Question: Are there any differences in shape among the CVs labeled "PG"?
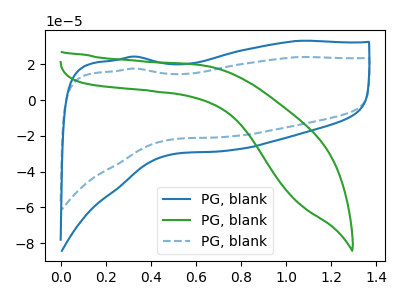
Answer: <think>The blue curve "PG, blank1" has no peaks. The green curve "PG, blank2" has no peaks. The blue dashed curve "PG, blank3" has no peaks.
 Neither "PG, blank1" or "PG, blank2" have any peaks. Neither "PG, blank1" or "PG, blank3" have any peaks. Neither "PG, blank2" or "PG, blank3" have any peaks.</think>
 <answer>All the CV's of "PG" have similar shape.</answer>
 <eval>follow_rule</eval>